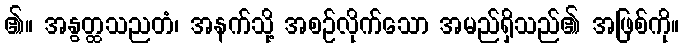
၏။ အနွတ္ထသညတံ၊ အနက်သို့ အစဉ်လိုက်သော အမည်ရှိသည်၏ အဖြစ်ကို။